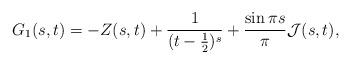
LaTeX: \begin{align*}G_{1}(s,t)=-Z(s,t)+\frac{1}{(t-\frac{1}{2})^s}+\frac{\sin \pi s}{\pi}\mathcal{J}(s,t),\end{align*}